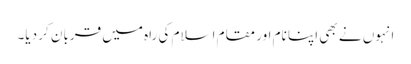
انہوں نے بھی اپنا نام اور مقام اسلام کی راہ میں قربان کر دیا۔